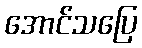
အောင်သပြေ